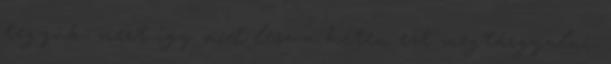
tegyük, mert így mód lesz a héten ezt megtárgyalni.